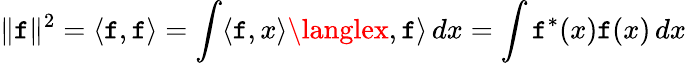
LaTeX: \| \mathtt{f}\| ^{2}=\langle\mathtt{f},\mathtt{f}\rangle=\int\langle\mathtt{f},x\rangle\langlex,\mathtt{f}\rangle\, dx=\int\mathtt{f}^{*}(x)\mathtt{f}(x)\, dx